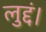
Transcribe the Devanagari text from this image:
लुद्दं।